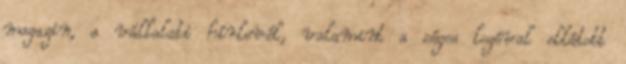
magazin, a vállalati hírlevél, valamint a céges logóval ellátott